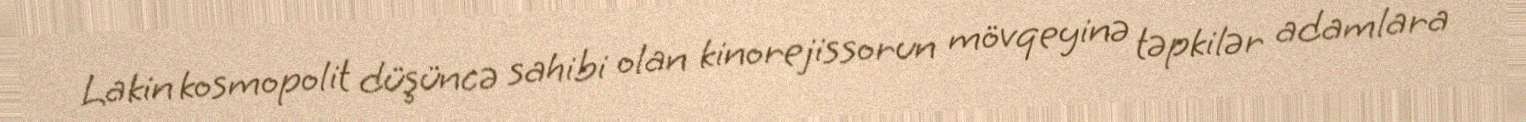
Lakin kosmopolit düşüncə sahibi olan kinorejissorun mövqeyinə təpkilər adamlara